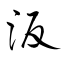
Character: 汳